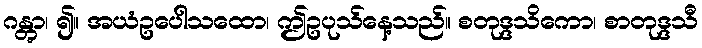
ဂန္တွာ၊ ၍။ အယံဥပေါသထော၊ ဤဥပုသ်နေ့သည်။ စတုဒ္ဒသိကော၊ စာတုဒ္ဒသီ